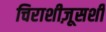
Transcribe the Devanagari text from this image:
चिराशीज़ूसशी